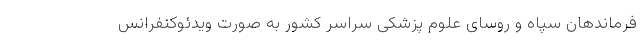
فرماندهان سپاه و روسای علوم پزشکی سراسر کشور به صورت ویدئوکنفرانس